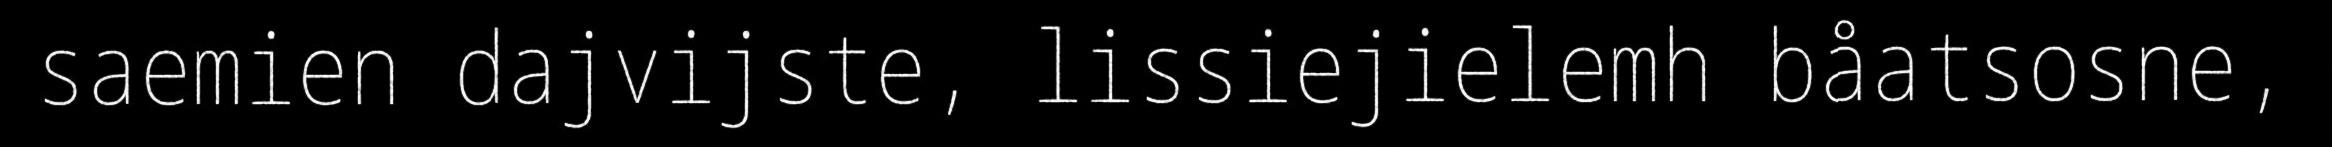
saemien dajvijste, lissiejielemh båatsosne,